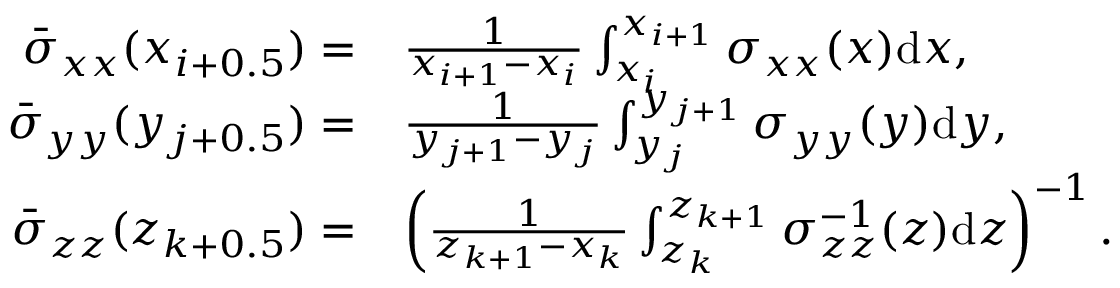
\begin{array} { r l } { \bar { \sigma } _ { x x } ( x _ { i + 0 . 5 } ) = } & { \frac { 1 } { x _ { i + 1 } - x _ { i } } \int _ { x _ { i } } ^ { x _ { i + 1 } } \sigma _ { x x } ( x ) \mathrm { d } x , } \\ { \bar { \sigma } _ { y y } ( y _ { j + 0 . 5 } ) = } & { \frac { 1 } { y _ { j + 1 } - y _ { j } } \int _ { y _ { j } } ^ { y _ { j + 1 } } \sigma _ { y y } ( y ) \mathrm { d } y , } \\ { \bar { \sigma } _ { z z } ( z _ { k + 0 . 5 } ) = } & { \left( \frac { 1 } { z _ { k + 1 } - x _ { k } } \int _ { z _ { k } } ^ { z _ { k + 1 } } \sigma _ { z z } ^ { - 1 } ( z ) \mathrm { d } z \right) ^ { - 1 } . } \end{array}